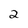
Character: 2